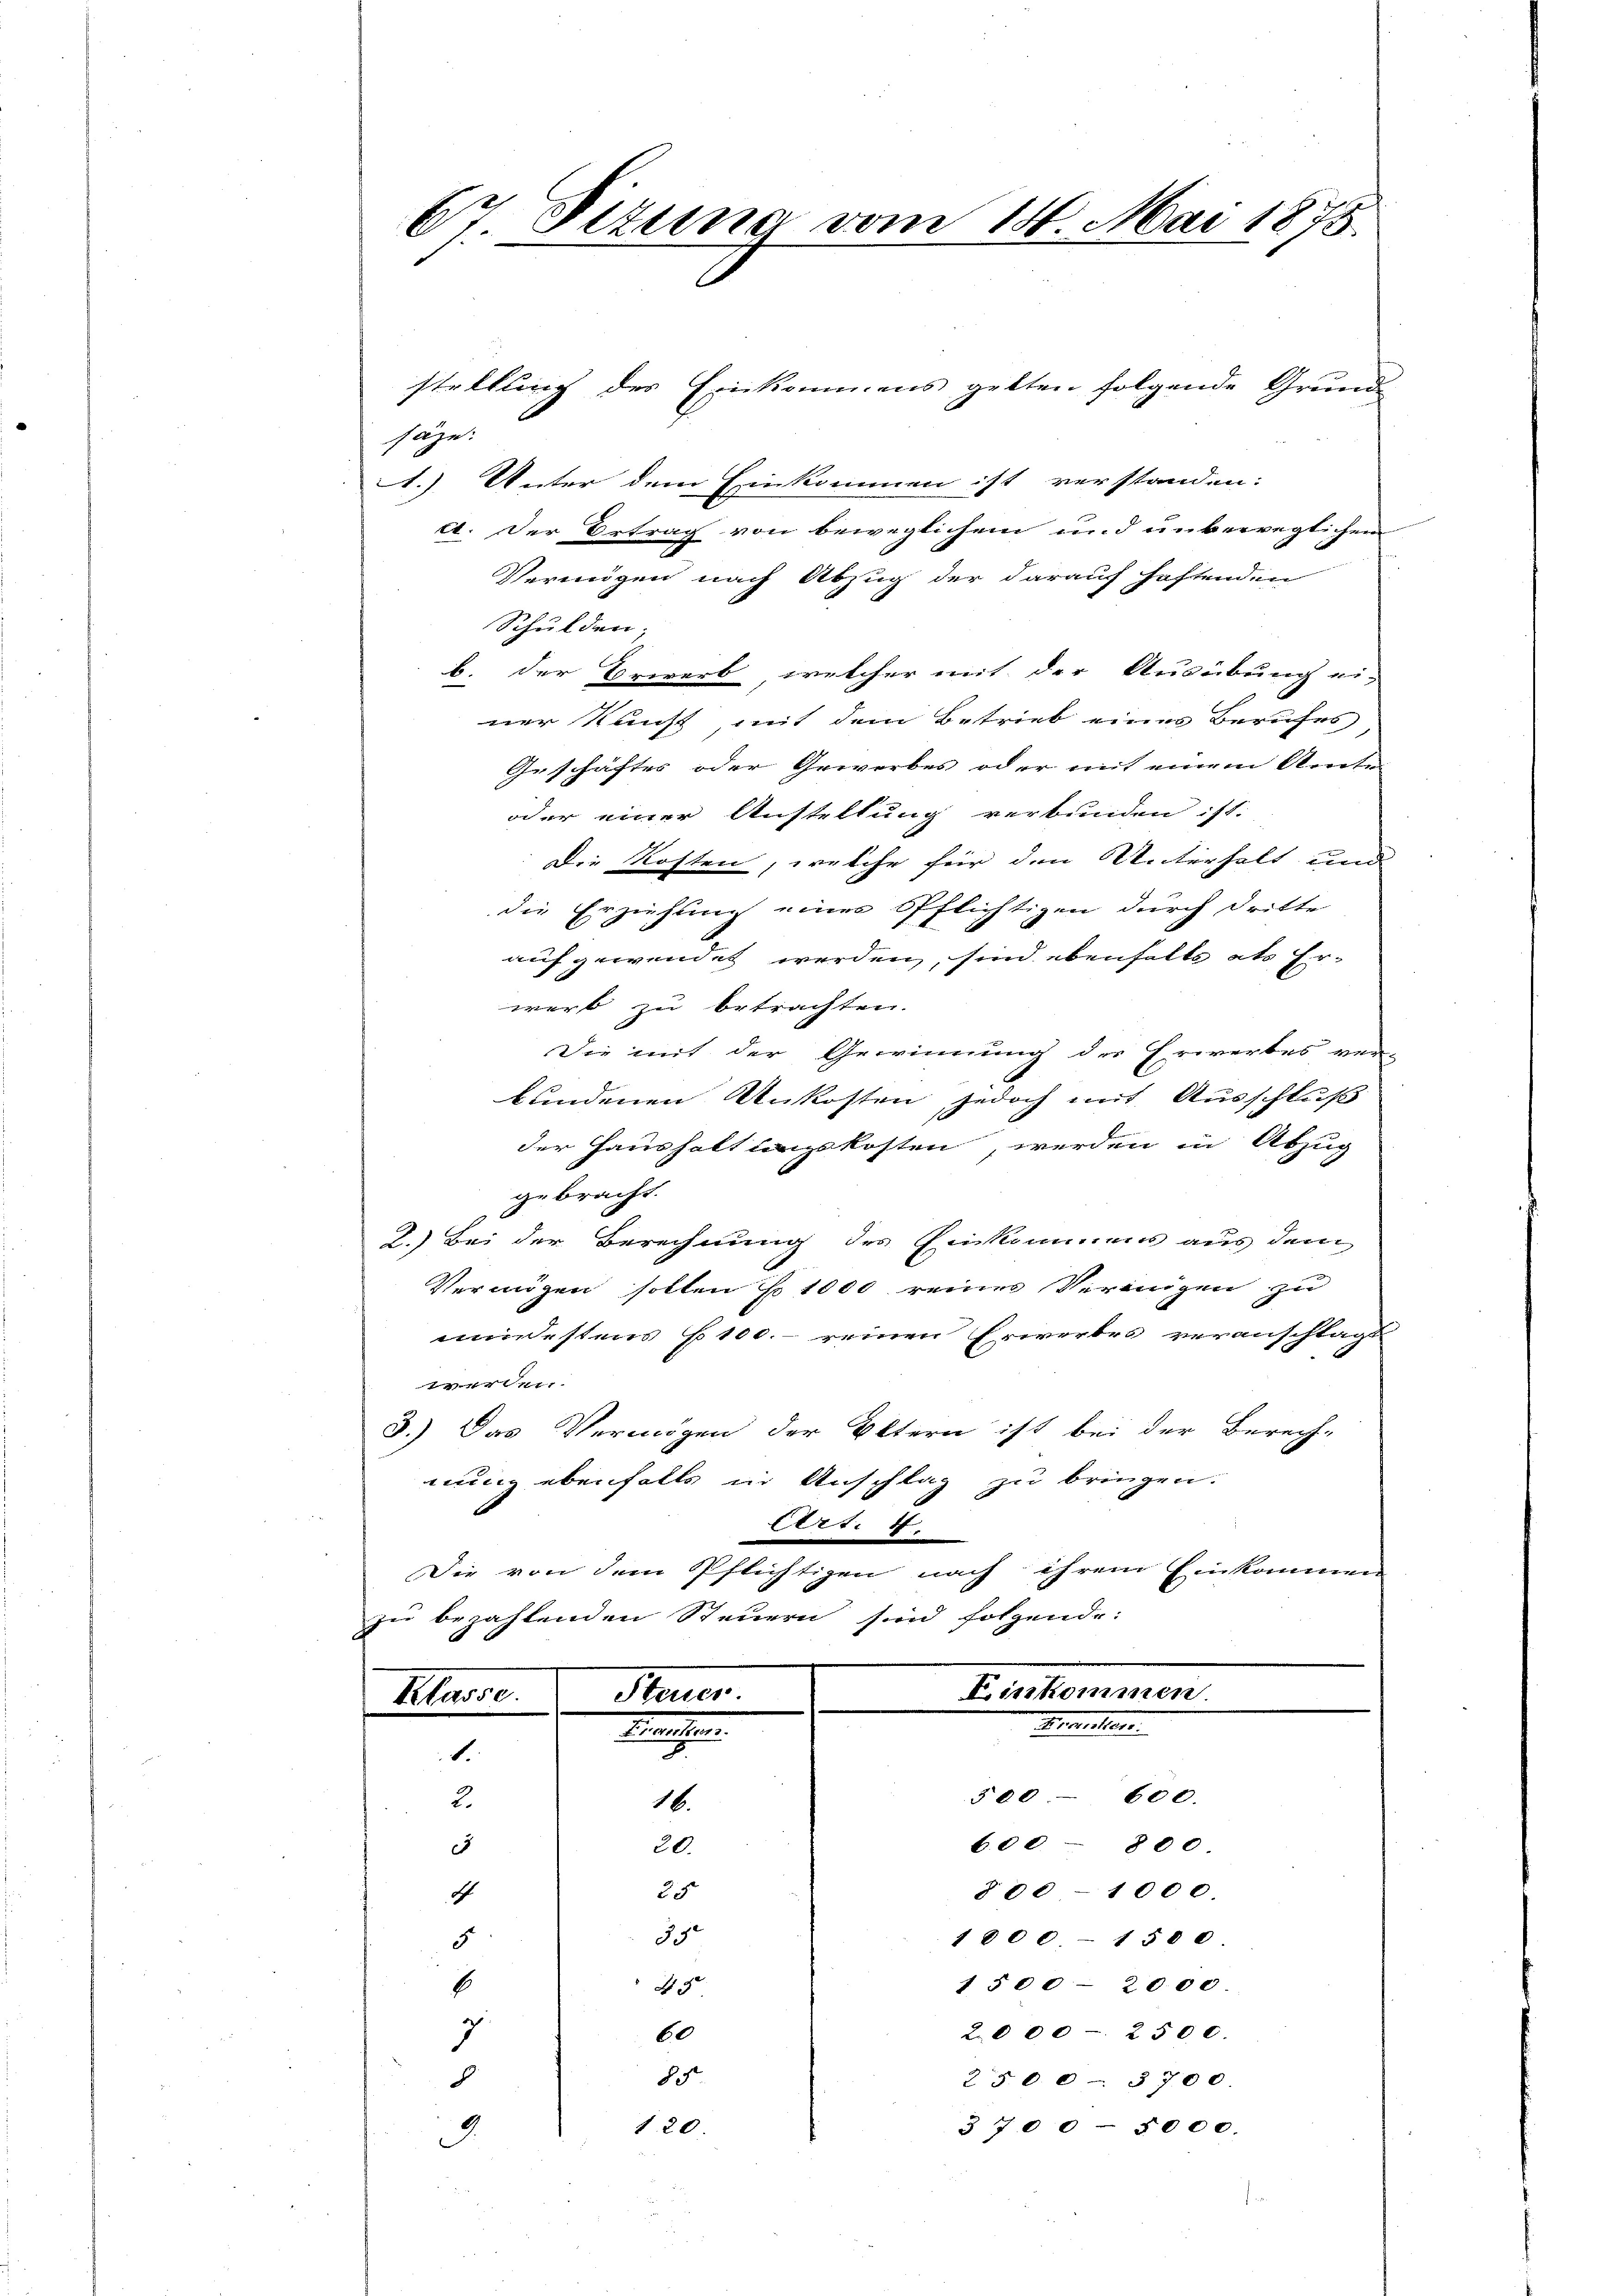
67. Situng vom 18. Mai 1875.

stellung des Einkommens gelten folgende Grund-
säze:
1.) Unter dem Einkommen ist verstanden:
A. Der Ertrag von beweglichem und unbeweglichem
Vermögen nach Abzug der darauf haftenden
Schulden.
b. der Erwerb welcher mit der Ausübung ei-
ner Kunst, mit dem Betrieb eines Berufes
Geschäftes oder Gewerbes oder mit einem Amte
oder einer Austellung verbunden ist.
Die Kosten, welche für den Unterhalt und
die Erziehung eines öfflichtigen durch dritte
aufgewendet werden, sind ebenfalls als Er-
werb zu betrachten.
Die mit der Gewinnung des Erwerbes ver-
bundenen Unkosten jedoch mit Ausschluß
der Haushaltungskosten, werden in Abzug
gebracht.
2.) Bei der Berechnung des Einkommens aus dem
Vermögen sollen No 1000 reiner Vereinigen zu
mindestens 100. reinen Erwerbes veranschlägt
t
3.) Das Vermögen der Eltern ist bei der Berech-
nung ebenfalls in Anschlag zu bringen.
Art. 4.
Die von dem Pflichtigen nach ihrem Einkommen
zu bezahlenden Steuern sind folgende:

Klasse.
1.
2.
c
A
5
b
7
.

16.
20.
25
3

45
60
8

120

Einkommen.
Secretaire.
500. 600.
6.00 - 800
300 - 1000
1800 - 1500
1 § 00-2000
2000 - 2500.
2500 § 700
3 700 - 5000.